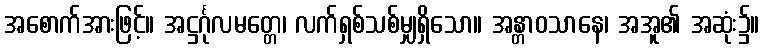
အစောက်အားဖြင့်။ အဋ္ဌင်္ဂုလမတ္တေ၊ လက်ရှစ်သစ်မျှရှိသော။ အန္တာဝသာနေ၊ အအူ၏ အဆုံး၌။